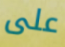
على